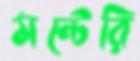
মন্টেরি